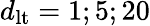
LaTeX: d_{\mathrm{lt}}=1;5;20